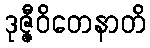
ဒုဇ္ဇီဝိတေနာတိ